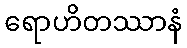
ရောဟိတဿာနံ